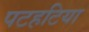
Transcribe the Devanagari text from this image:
पटहटिया